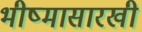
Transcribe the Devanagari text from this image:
भीष्मासारखी